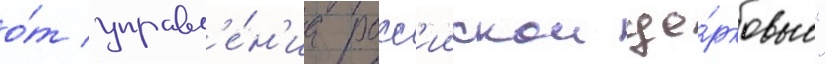
о́т управл'е́н'иа росс'иискои це́рковью"